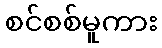
စင်စစ်မူကား